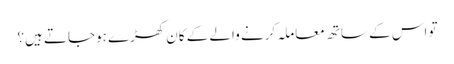
تو اس کے ساتھ معاملہ کرنے والے کے کان کھڑے ہوجاتے ہیں؟